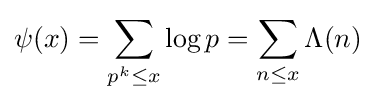
\psi (x)=\sum _{p^{k}\leq x}\log p=\sum _{n\leq x}\Lambda (n)\